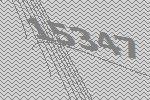
15347